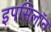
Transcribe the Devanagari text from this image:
इपसिलॉन